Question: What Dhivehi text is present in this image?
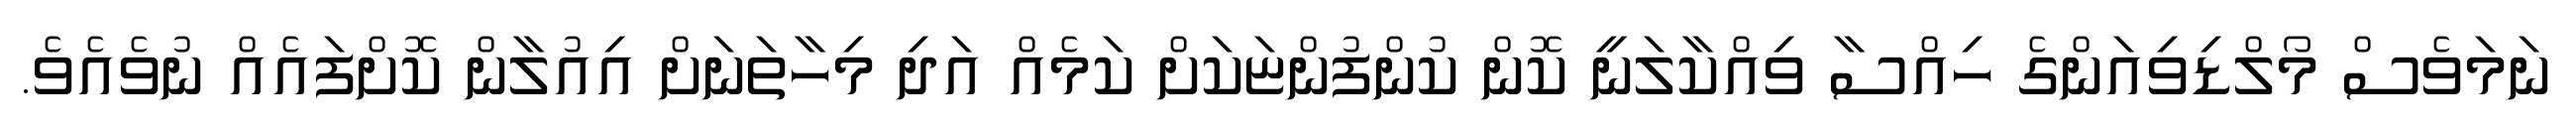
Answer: ނަމަވެސް މޯލްޑިވިއަންގެ ހިއްސާ ވިއްކާލަނީ ކޮން ކުންފުންޏަކަށް ކަމެއް އަދި މިހާތަނަށް އިއުލާން ކޮށްފައެއް ނުވެއެވެ.